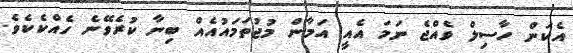
އެކަން ހާސިލް ވެއްޖެ ނަމަ އެއީ އަމާން މުޖުތަމައުއެއް ބިނާ ކުރެވޭނެ ހެއްކެކެވެ.